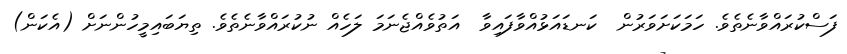
ފަސްކުރައްވާނެތެވެ. ހަމަކަށަވަރުން  ކަނޑައަޅުއްވާފައިވާ  އަތުވެއްޖެނަމަ ލަހެއް ނުކުރައްވާނެތެވެ. ތިޔަބައިމީހުންނަށް (އެކަން)